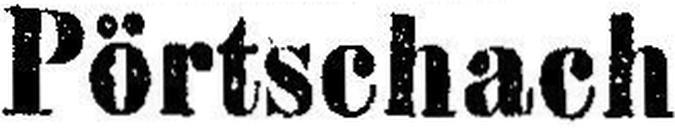
Pörtschach